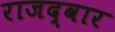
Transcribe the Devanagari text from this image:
राजद्वार